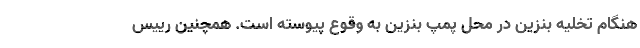
هنگام تخلیه بنزین در محل پمپ بنزین به وقوع پیوسته است. همچنین رییس